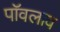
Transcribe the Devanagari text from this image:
पॉवलाव